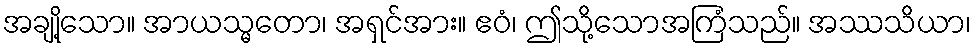
အချို့သော။ အာယသ္မတော၊ အရှင်အား။ ဧဝံ၊ ဤသို့သောအကြံသည်။ အဿသိယာ၊